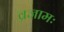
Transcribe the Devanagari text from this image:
व्रजामः